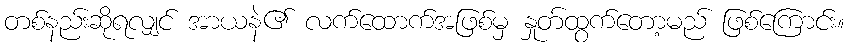
တစ်နည်းဆိုရလျှင် အာယနဲ၏ လက်ထောက်အဖြစ်မှ နှုတ်ထွက်တော့မည် ဖြစ်ကြောင်း။